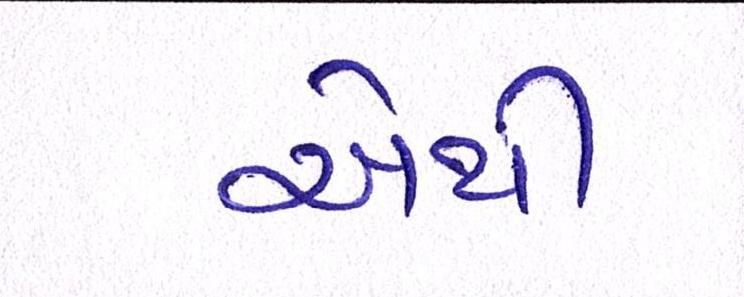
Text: એથી